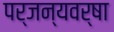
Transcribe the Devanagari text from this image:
पर्जन्यवर्षा